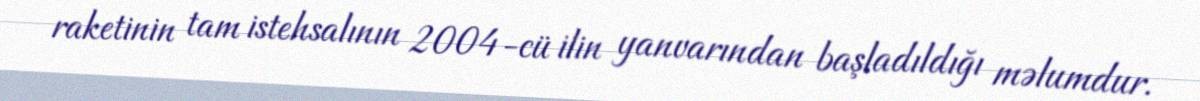
raketinin tam istehsalının 2004-cü ilin yanvarından başladıldığı məlumdur.